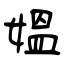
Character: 媼